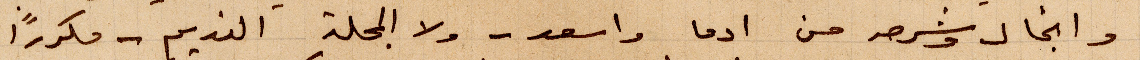
وانجال وشرحه من ادما واسعد - ولا المجلة النديم - مكررًا